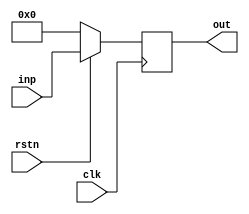
module DFF_8bit(out, inp, clk, rstn);
    output reg [8-1:0] out;
    input [8-1:0] inp;
    input clk, rstn;

    always @ (posedge clk) begin
        if(!rstn) begin
            out <= 8'b0;
        end
        else begin
            out <= inp;
        end
    end
endmodule

module DFF_16bit(out, inp, clk, rstn);
    output reg [16-1:0] out;
    input [16-1:0] inp;
    input clk, rstn;

    always @ (posedge clk) begin
        if(!rstn) begin
            out <= 16'b0;
        end
        else begin
            out <= inp;
        end
    end
endmodule

module DFF_19bit(out, inp, clk, rstn);
    output reg [19-1:0] out;
    input [19-1:0] inp;
    input clk, rstn;

    always @ (posedge clk) begin
        if(!rstn) begin
            out <= 19'b0;
        end
        else begin
            out <= inp;
        end
    end
endmodule

module DFF_20bit(out, inp, clk, rstn);
    output reg [20-1:0] out;
    input [20-1:0] inp;
    input clk, rstn;

    always @ (posedge clk) begin
        if(!rstn) begin
            out <= 20'b0;
        end
        else begin
            out <= inp;
        end
    end
endmodule

module DFF_26bit(out, inp, clk, rstn);
    output reg [26-1:0] out;
    input [26-1:0] inp;
    input clk, rstn;

    always @ (posedge clk) begin
        if(!rstn) begin
            out <= 26'b0;
        end
        else begin
            out <= inp;
        end
    end
endmodule

module DFF_30bit(out, inp, clk, rstn);
    output reg [30-1:0] out;
    input [30-1:0] inp;
    input clk, rstn;

    always @ (posedge clk) begin
        if(!rstn) begin
            out <= 30'b0;
        end
        else begin
            out <= inp;
        end
    end
endmodule